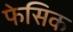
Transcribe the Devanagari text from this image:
फेसिक